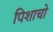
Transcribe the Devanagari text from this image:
पिशाचो